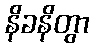
နိခနိတွာ